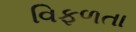
વિફળતા